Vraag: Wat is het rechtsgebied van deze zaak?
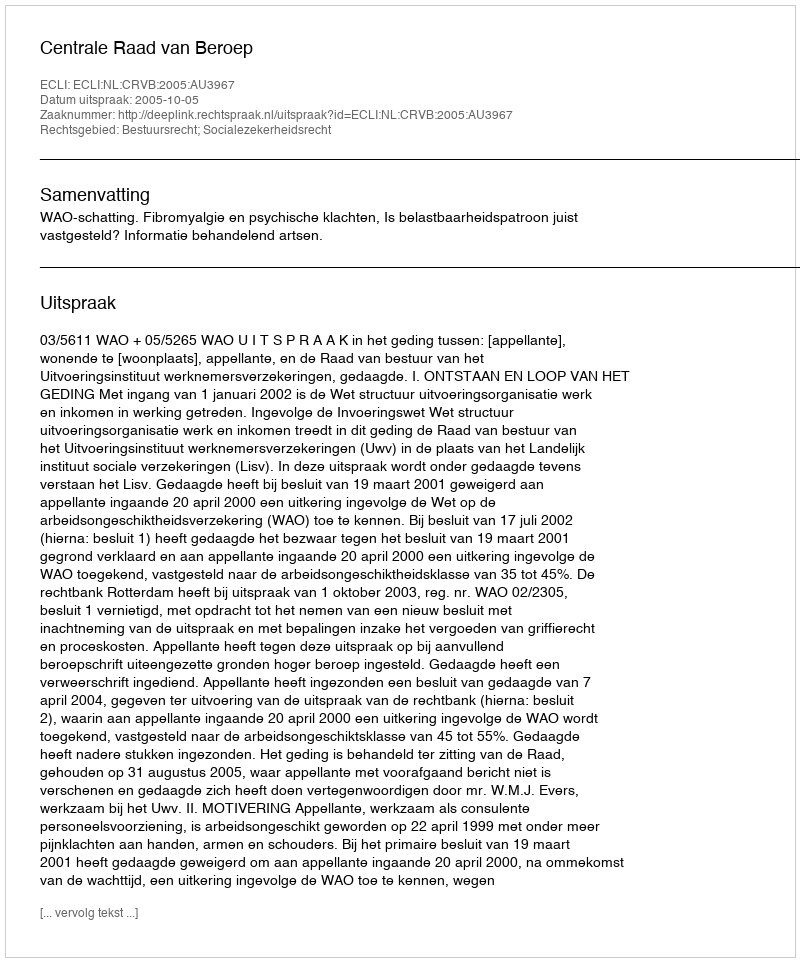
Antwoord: Bestuursrecht; Socialezekerheidsrecht